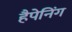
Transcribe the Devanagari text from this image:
हैपेनिंग